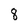
Character: 8